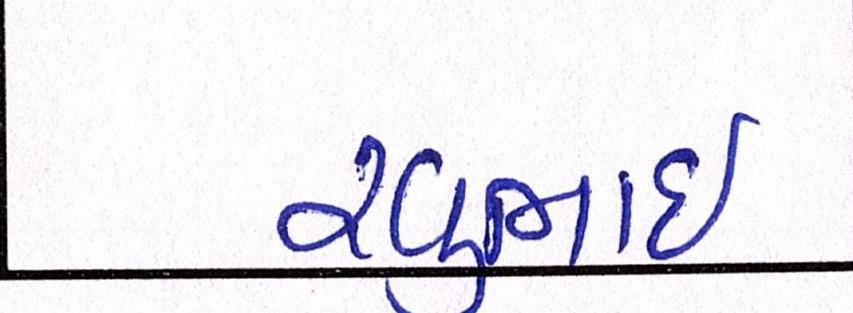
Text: રવુભાઇ